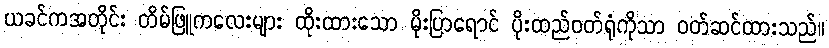
ယခင်ကအတိုင်း တိမ်ဖြူကလေးများ ထိုးထားသော မိုးပြာရောင် ပိုးထည်ဝတ်ရုံကိုသာ ဝတ်ဆင်ထားသည်။